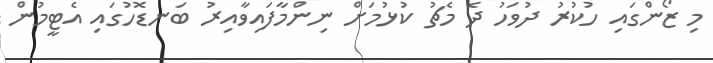
މި ޒޯންގައި ހުކުރު ދުވަހު ދެ މެޗު ކުޅުމަށް ނިންމާފައިވާއިރު ބަނޑޮހުގައި އެޓީމުން